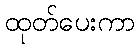
ထုတ်ပေးကာ